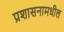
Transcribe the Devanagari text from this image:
प्रशासनामधील